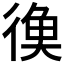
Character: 𪫔